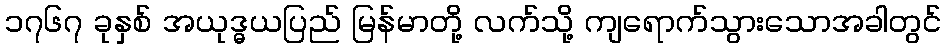
၁၇၆၇ ခုနှစ် အယုဒ္ဓယပြည် မြန်မာတို့ လက်သို့ ကျရောက်သွားသောအခါတွင်